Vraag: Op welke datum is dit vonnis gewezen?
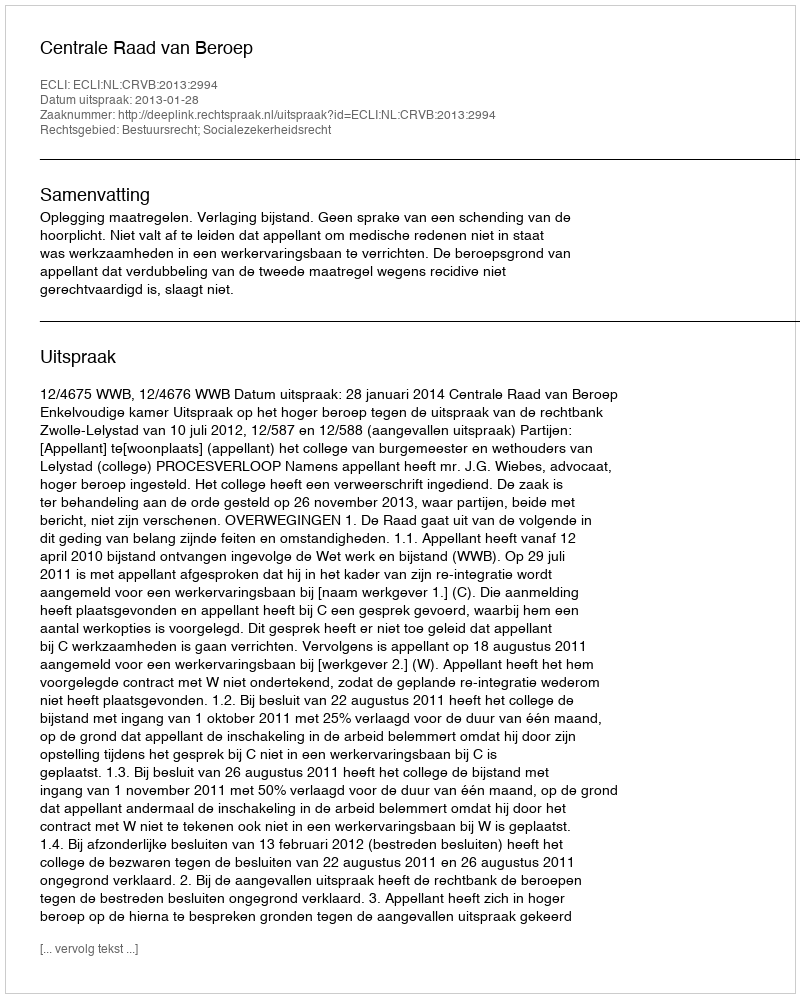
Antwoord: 2013-01-28